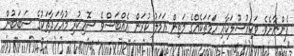
ފެންނާށެވެ. ވަކިއުސޫލަކާއި ހަމަތަކެއްގެ މަތިން ޢަމަލު ކުރަން އެއްބަސްވެ ސޮއިކުރި މުއާހަދާތަކުގެ ސަބަބުން